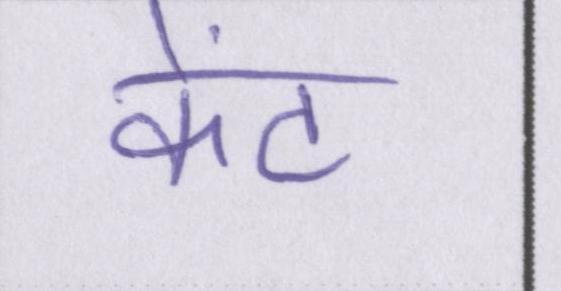
केंट